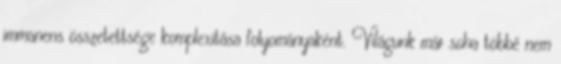
immanens összetettsége komplexitása folyományaként. Világunk már soha többé nem